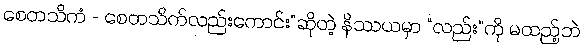
စေတသိကံ - စေတသိက်လည်းကောင်း”ဆိုတဲ့ နိဿယမှာ “လည်း”ကို မထည့်ဘဲ